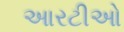
આરટીઓ